Leaving Certificate Examination, 1905
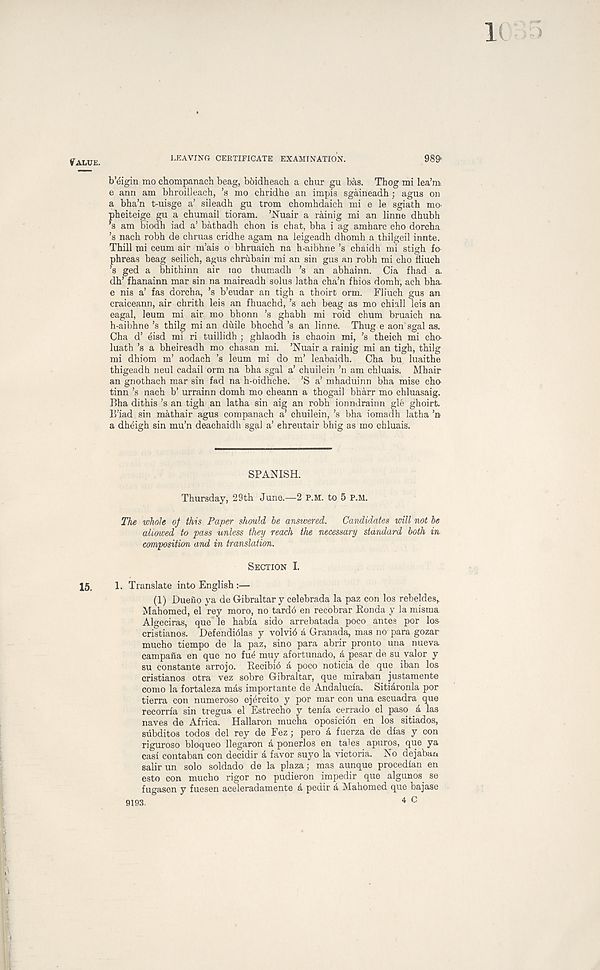
4Talue.
LEAVING CERTIFICATE EXAMINATION.
b’eigin mo chompanach beag, bbidheach a chur gu bas. Thog mi lea’m
e ann am bhroilleach, ’s mo chridhe an impis sgaineadh ; agus on
a bha’n t-uisge a’ sileadh gu trom chomhdaicb mi e le sgiath mo-
pbeiteige gu a chumail tioram. ’Nuair a rainig mi an linne dhubh
’s am biodh iad a’ bathadh chon is chat, bha i ag amharc cho dorcha
’s nach robh de chruas cridhe agam na leigeadh dhomh a thilgeil innte.
Thill mi ceum air m’ais o bhruaich na h-aibhne’s chaidh mi stigh fo-
phreas beag seilich, agus chrubain mi an sin gus an robh mi cho fliuch
’s ged a bhithinn air mo thumadh ’s an abhainn. Cia fhad a.
dh’ fhanainn mar sin na maireadh solus latha cha’n fbios domh, ach bha.
e nis a’ fas dorcha, ’s b’eudar an tigh a thoirt orm. Fliuch gus an
craiceann, air chrith leis an fhuachd, ’s ach beag as mo chiall leis an
eagal, leum mi air. mo bhonn ’s ghabh mi roid chum bruaich na
h-aibhne’s thilg mi an duile bhochd’s an linne. Thug e aon sgal as.
Cha d’ eisd mi ri tuillidh ; ghlaodh is chaoin mi, ’s theich mi cho-
luath’s a bheireadh mo chasan mi. ’Nuair a rainig mi an tigh, thilg
mi dhiom m’ aodach ’s leum mi do m’ leabaidh. Cha bu luaithe
thigeadh neul cadail orm na bha sgal a’ chuilein ’n am chluais. Mhair
an gnothach mar sin fad na h-oidhche. ’S a’ mhaduinn bha mise cha
tinn’s nach b’ urrainn domh mo cheann a thogail bharr mo chluasaig.
Bha dithis’s an tigh an latha sin aig an robh ionndrainn gle ghoirt.
E’iad sin mathair agus companach a’ chuilein, ’s bha iomadh latha ’n
a dheigh sin mu’n deachaidh sgal a’ ehreutair bhig as mo chluais.
SPANISH.
Thursday, 29th June.—2 P.M. to 5 P.M.
The whole of this Paper should he answered. Candidates will not he
alimed to pass unless they reach the necessary standard both in
composition and in translation.
Section I.
15, 1. Translate into English:—
(1) Duefio ya de Gibraltar y celebrada la paz con los rebeldes,
Mahomed, el rey moro, no tardb en recobrar Ronda y la misma
Algeciras, que le habia sido arrebatada poco antes por los
cristianos. Defendiblas y volvib a Granada, mas no para gozar
mucho tiempo de la paz, sino para abrir pronto una nueva
campafla en que no fue muy afortunado, a pesar de su valor y
su constants arrojo. Recibib a poco noticia de que iban los
cristianos otra vez sobre Gibraltar, que miraban justamente
como la fortaleza mas importante de Andalucia. Sitiaronla por
tierra con numeroso ejercito y por mar con una eseuadra que
recorria sin tregua el Estrecho y tenia cerrado el paso & las
naves de Africa. Hallaron mucha oposicion en los sitiados,
subditos todos del rey de Fez; pero & fuerza de dias y con
riguroso bloqueo llegaron a ponerlos en tales apuros, que ya
casi contaban con decidir a favor suyo la victoria. No dejabaa
salir un solo soldado de la plaza; mas aunque procedian en
esto con mucho rigor no pudieron impedir que algunos. se
fugasen y fuesen aceleradamente a pedir a Mahomed que bajase